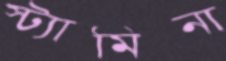
স্ট্যামিনা